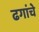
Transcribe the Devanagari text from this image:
ढगांचे